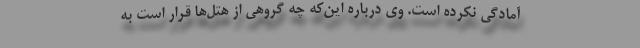
آمادگی نکرده است. وی درباره این‌که چه گروهی از هتل‌ها قرار است به